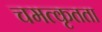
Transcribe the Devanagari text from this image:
चमत्कृतता